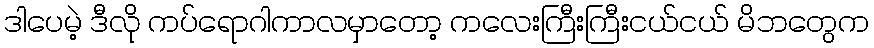
ဒါပေမဲ့ ဒီလို ကပ်ရောဂါကာလမှာတော့ ကလေးကြီးကြီးငယ်ငယ် မိဘတွေက